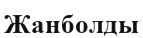
Жанболды